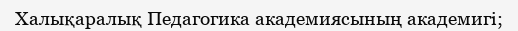
Халықаралық Педагогика академиясының академигі;